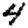
Digit: 4